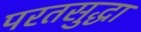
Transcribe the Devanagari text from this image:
परतसुद्धा